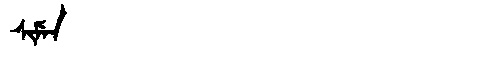
Manchu: ᠰᡳᠮᡝᠨ
Romanization: SIMEN